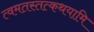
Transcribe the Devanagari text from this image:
त्वमतस्तत्कथयामि